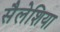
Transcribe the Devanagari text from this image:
सैलेशिया